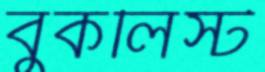
বুকলিস্ট